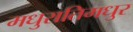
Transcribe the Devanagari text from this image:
मधुरातिमधुर